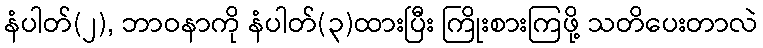
နံပါတ်(၂), ဘာဝနာကို နံပါတ်(၃)ထားပြီး ကြိုးစားကြဖို့ သတိပေးတာလဲ